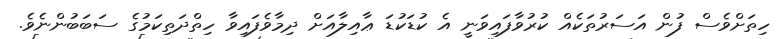
ހިތަށްވެސް ފުން އަސަރުތަކެއް ކުރުވާފައިވަނީ އެ ކުޑަކުޑަ ޢާއިލާއަށް ދިމާވެފައިވާ ހިތްދަތިކަމުގެ ސަބަބުންނެވެ.